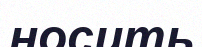
носить